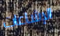
الإشاعات